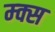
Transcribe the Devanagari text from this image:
म्क्स